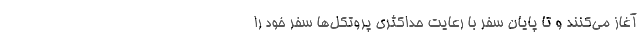
آغاز می‌کنند و تا پایان سفر با رعایت حداکثری پروتکل‌ها سفر خود را